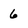
Character: 6